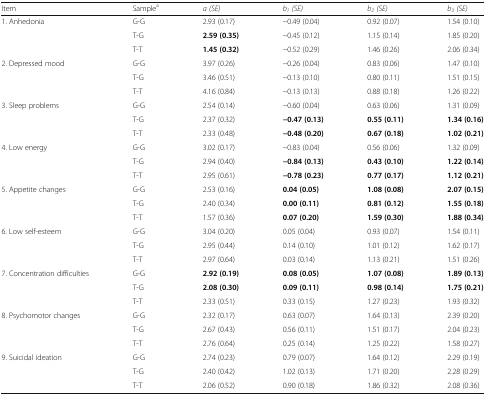
<table><thead><tr><td><b>Item</b></td><td><b>Sample<sup>a</sup></b></td><td><b><i>a (SE)</i></b></td><td><b><i>b</i><sub><i>1</i></sub><i>(SE)</i></b></td><td><b><i>b</i><sub><i>2</i></sub><i>(SE)</i></b></td><td><b><i>b</i><sub><i>3</i></sub><i>(SE)</i></b></td></tr></thead><tbody><tr><td rowspan="3">1. Anhedonia</td><td>G-G</td><td>2.93 (0.17)</td><td>−0.49 (0.04)</td><td>0.92 (0.07)</td><td>1.54 (0.10)</td></tr><tr><td>T-G</td><td><b>2.59 (0.35)</b></td><td>−0.45 (0.12)</td><td>1.15 (0.14)</td><td>1.85 (0.20)</td></tr><tr><td>T-T</td><td><b>1.45 (0.32)</b></td><td>−0.52 (0.29)</td><td>1.46 (0.26)</td><td>2.06 (0.34)</td></tr><tr><td rowspan="3">2. Depressed mood</td><td>G-G</td><td>3.97 (0.26)</td><td>−0.26 (0.04)</td><td>0.83 (0.06)</td><td>1.47 (0.10)</td></tr><tr><td>T-G</td><td>3.46 (0.51)</td><td>−0.13 (0.10)</td><td>0.80 (0.11)</td><td>1.51 (0.15)</td></tr><tr><td>T-T</td><td>4.16 (0.84)</td><td>−0.13 (0.13)</td><td>0.88 (0.18)</td><td>1.26 (0.22)</td></tr><tr><td rowspan="3">3. Sleep problems</td><td>G-G</td><td>2.54 (0.14)</td><td>−0.60 (0.04)</td><td>0.63 (0.06)</td><td>1.31 (0.09)</td></tr><tr><td>T-G</td><td>2.37 (0.32)</td><td><b>−0.47 (0.13)</b></td><td><b>0.55 (0.11)</b></td><td><b>1.34 (0.16)</b></td></tr><tr><td>T-T</td><td>2.33 (0.48)</td><td><b>−0.48 (0.20)</b></td><td><b>0.67 (0.18)</b></td><td><b>1.02 (0.21)</b></td></tr><tr><td rowspan="3">4. Low energy</td><td>G-G</td><td>3.02 (0.17)</td><td>−0.83 (0.04)</td><td>0.56 (0.06)</td><td>1.32 (0.09)</td></tr><tr><td>T-G</td><td>2.94 (0.40)</td><td><b>−0.84 (0.13)</b></td><td><b>0.43 (0.10)</b></td><td><b>1.22 (0.14)</b></td></tr><tr><td>T-T</td><td>2.95 (0.61)</td><td><b>−0.78 (0.23)</b></td><td><b>0.77 (0.17)</b></td><td><b>1.12 (0.21)</b></td></tr><tr><td rowspan="3">5. Appetite changes</td><td>G-G</td><td>2.53 (0.16)</td><td><b>0.04 (0.05)</b></td><td><b>1.08 (0.08)</b></td><td><b>2.07 (0.15)</b></td></tr><tr><td>T-G</td><td>2.40 (0.34)</td><td><b>0.00 (0.11)</b></td><td><b>0.81 (0.12)</b></td><td><b>1.55 (0.18)</b></td></tr><tr><td>T-T</td><td>1.57 (0.36)</td><td><b>0.07 (0.20)</b></td><td><b>1.59 (0.30)</b></td><td><b>1.88 (0.34)</b></td></tr><tr><td rowspan="3">6. Low self-esteem</td><td>G-G</td><td>3.04 (0.20)</td><td>0.05 (0.04)</td><td>0.93 (0.07)</td><td>1.54 (0.11)</td></tr><tr><td>T-G</td><td>2.95 (0.44)</td><td>0.14 (0.10)</td><td>1.01 (0.12)</td><td>1.62 (0.17)</td></tr><tr><td>T-T</td><td>2.97 (0.64)</td><td>0.03 (0.14)</td><td>1.13 (0.21)</td><td>1.51 (0.26)</td></tr><tr><td rowspan="3">7. Concentration difficulties</td><td>G-G</td><td><b>2.92 (0.19)</b></td><td><b>0.08 (0.05)</b></td><td><b>1.07 (0.08)</b></td><td><b>1.89 (0.13)</b></td></tr><tr><td>T-G</td><td><b>2.08 (0.30)</b></td><td><b>0.09 (0.11)</b></td><td><b>0.98 (0.14)</b></td><td><b>1.75 (0.21)</b></td></tr><tr><td>T-T</td><td>2.33 (0.51)</td><td>0.33 (0.15)</td><td>1.27 (0.23)</td><td>1.93 (0.32)</td></tr><tr><td rowspan="3">8. Psychomotor changes</td><td>G-G</td><td>2.32 (0.17)</td><td>0.63 (0.07)</td><td>1.64 (0.13)</td><td>2.39 (0.20)</td></tr><tr><td>T-G</td><td>2.67 (0.43)</td><td>0.56 (0.11)</td><td>1.51 (0.17)</td><td>2.04 (0.23)</td></tr><tr><td>T-T</td><td>2.76 (0.64)</td><td>0.25 (0.14)</td><td>1.25 (0.22)</td><td>1.58 (0.27)</td></tr><tr><td rowspan="3">9. Suicidal ideation</td><td>G-G</td><td>2.74 (0.23)</td><td>0.79 (0.07)</td><td>1.64 (0.12)</td><td>2.29 (0.19)</td></tr><tr><td>T-G</td><td>2.40 (0.42)</td><td>1.02 (0.13)</td><td>1.71 (0.20)</td><td>2.28 (0.29)</td></tr><tr><td>T-T</td><td>2.06 (0.52)</td><td>0.90 (0.18)</td><td>1.86 (0.32)</td><td>2.08 (0.36)</td></tr></tbody></table>